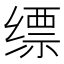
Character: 缥